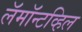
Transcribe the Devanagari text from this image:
लॅमॉन्टव्हिल